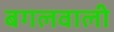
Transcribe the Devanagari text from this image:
बगलवाली